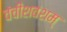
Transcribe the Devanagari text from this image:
वंचीशवंशम्